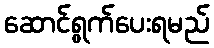
ဆောင်ရွက်ပေးရမည်